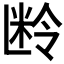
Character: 𬖜